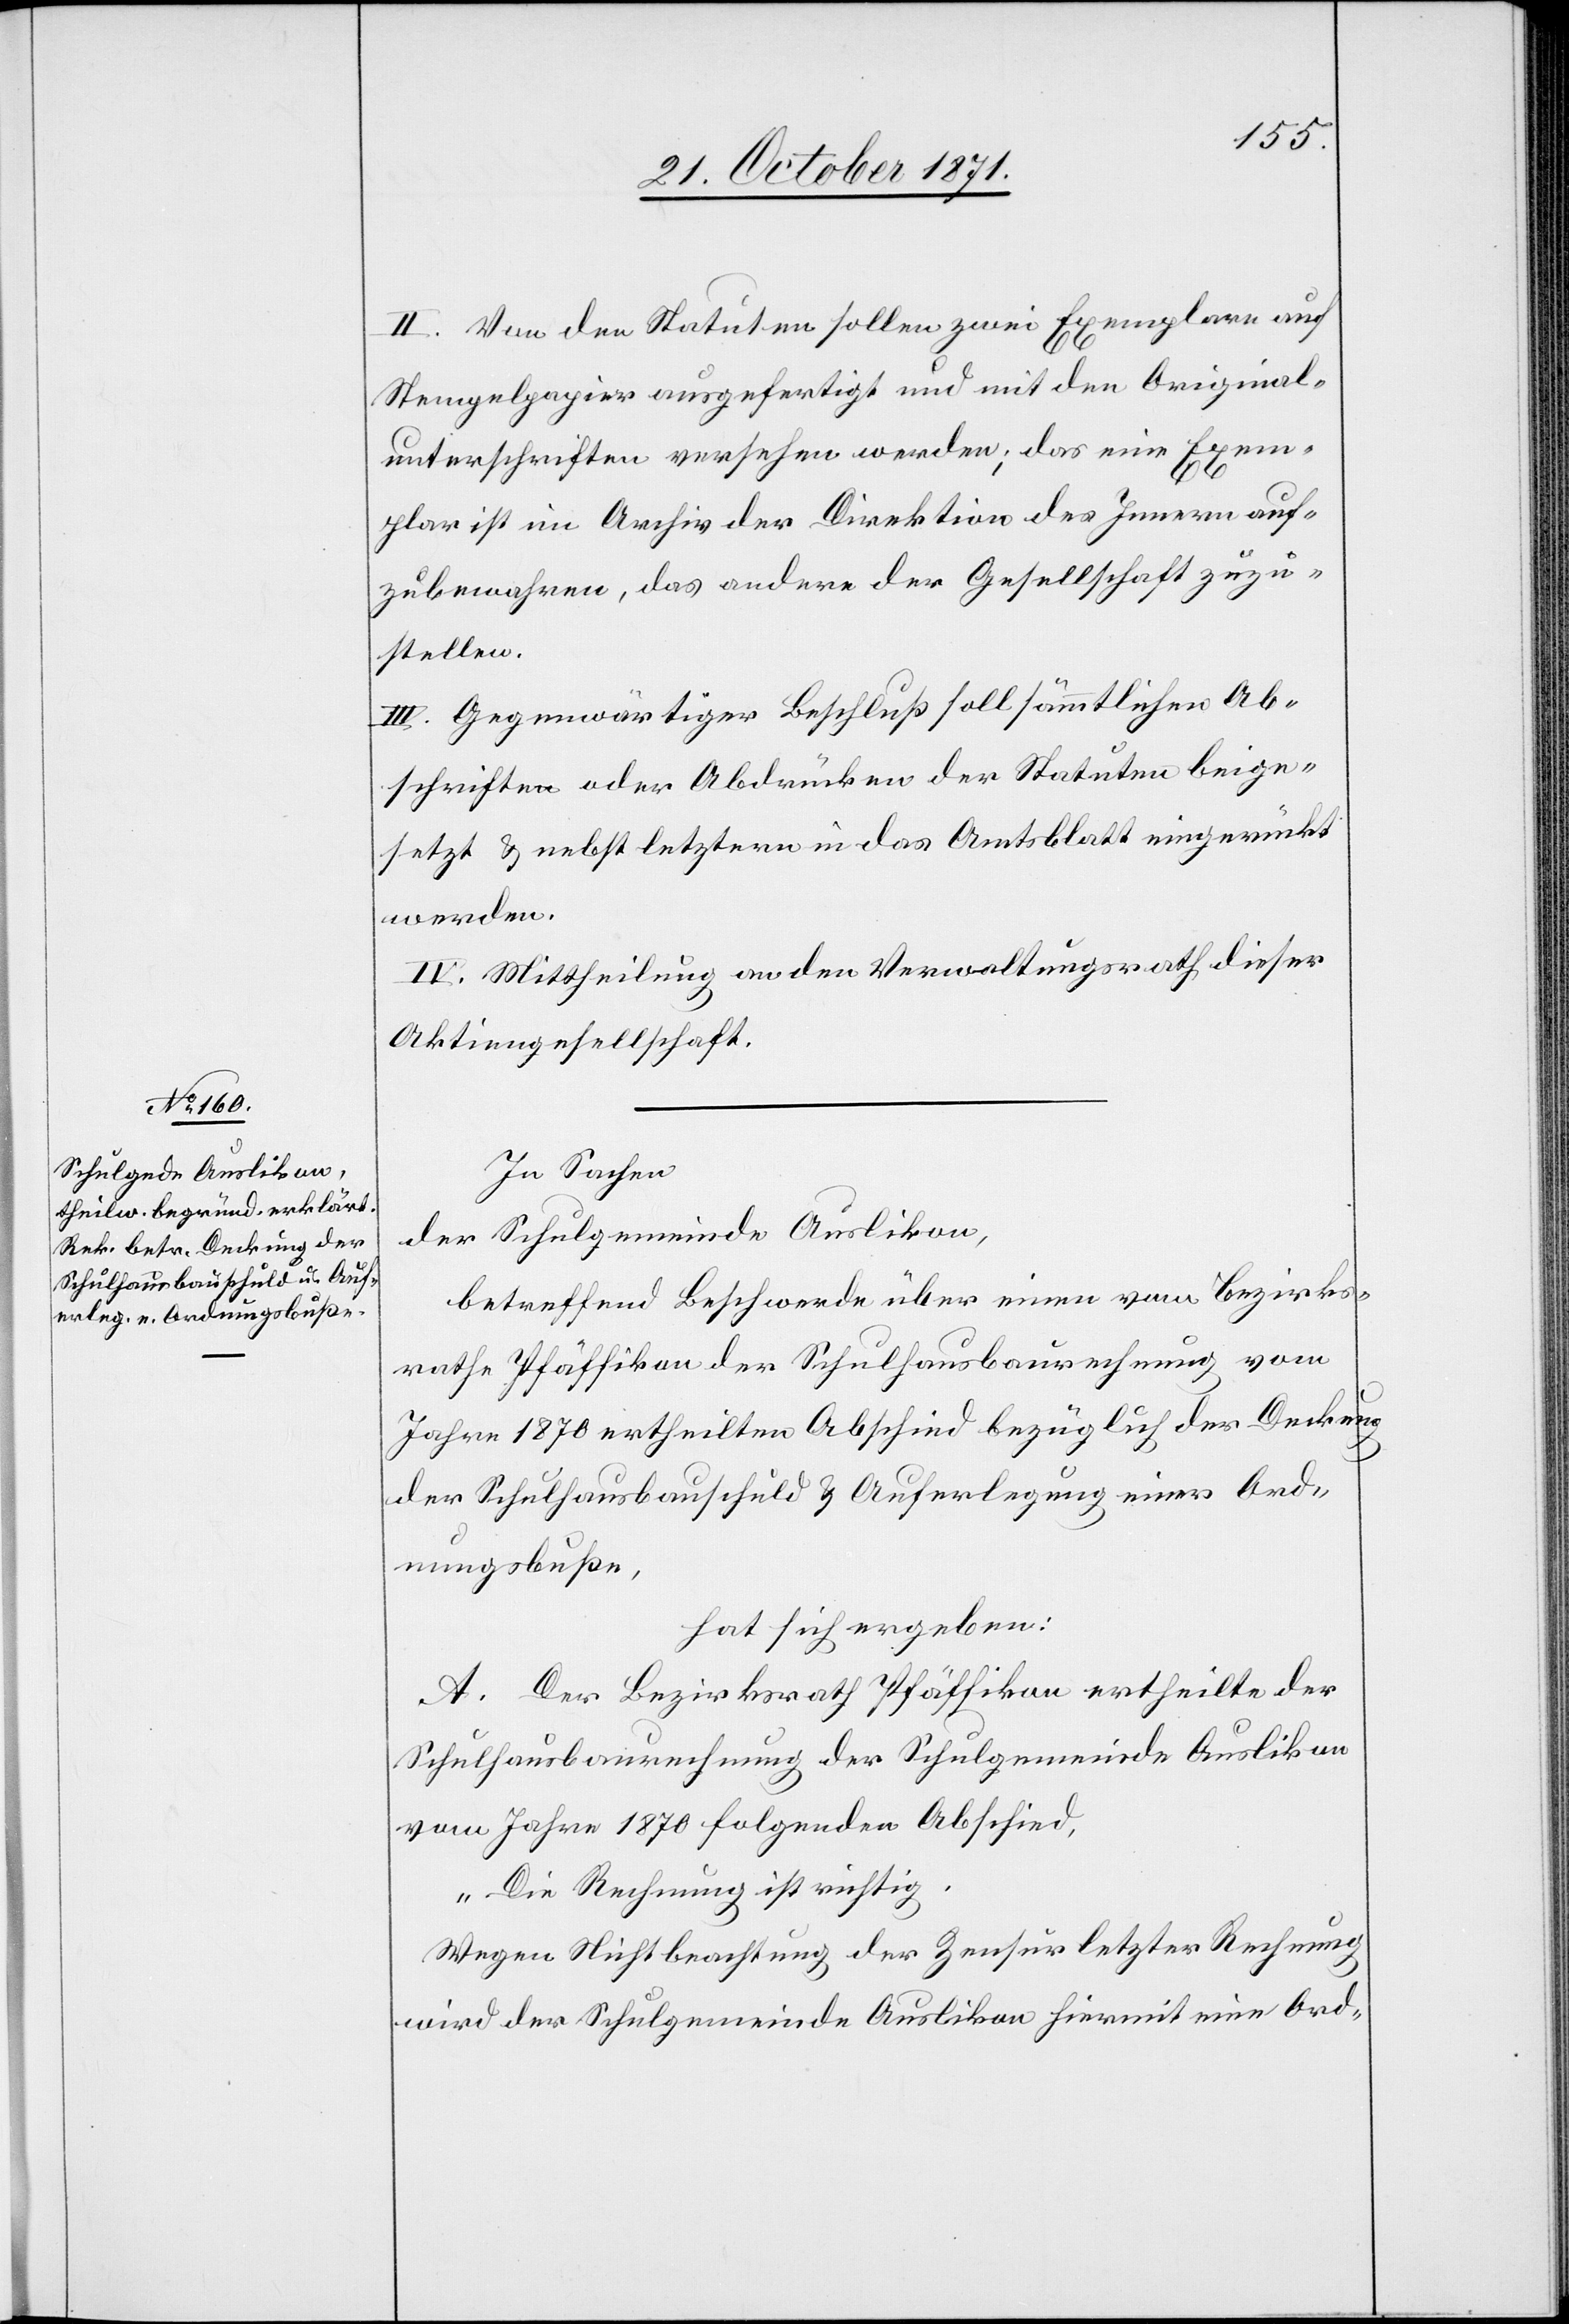
II. Von den Statuten sollen zwei Exemplare auf
Stempelpapier ausgefertigt und mit den Original¬
unterschriften versehen werden; das eine Exem¬
plar ist im Archiv der Direktion des Innern auf¬
zubewahren, das andere der Gesellschaft zuzu¬
stellen.
III. Gegenwärtiger Beschluß soll sämmtlichen Ab¬
schriften oder Abdrücken der Statuten beige¬
setzt & nebst letztern in das Amtsblatt eingerückt
werden.
IV. Mittheilung an den Verwaltungsrath dieser
Aktiengesellschaft.
In Sachen
der Schulgemeinde Auslikon,
betreffend Beschwerde über einen vom Bezirks¬
rathe Pfäffikon der Schulhausbaurechnung vom
Jahre 1870 ertheilten Abschied bezüglich der Deckung
der Schulhausbauschuld & Auferlegung einer Ord¬
nungsbuße,
hat sich ergeben:
A. Der Bezirksrath Pfäffikon ertheilte der
Schulhausbaurechnung der Schulgemeinde Auslikon
vom Jahre 1870 folgenden Abschied,
„Die Rechnung ist richtig.
Wegen Nichtbeachtung der Zensur letzter Rechnung
wird der Schulgemeinde Auslikon hiermit eine Ord-